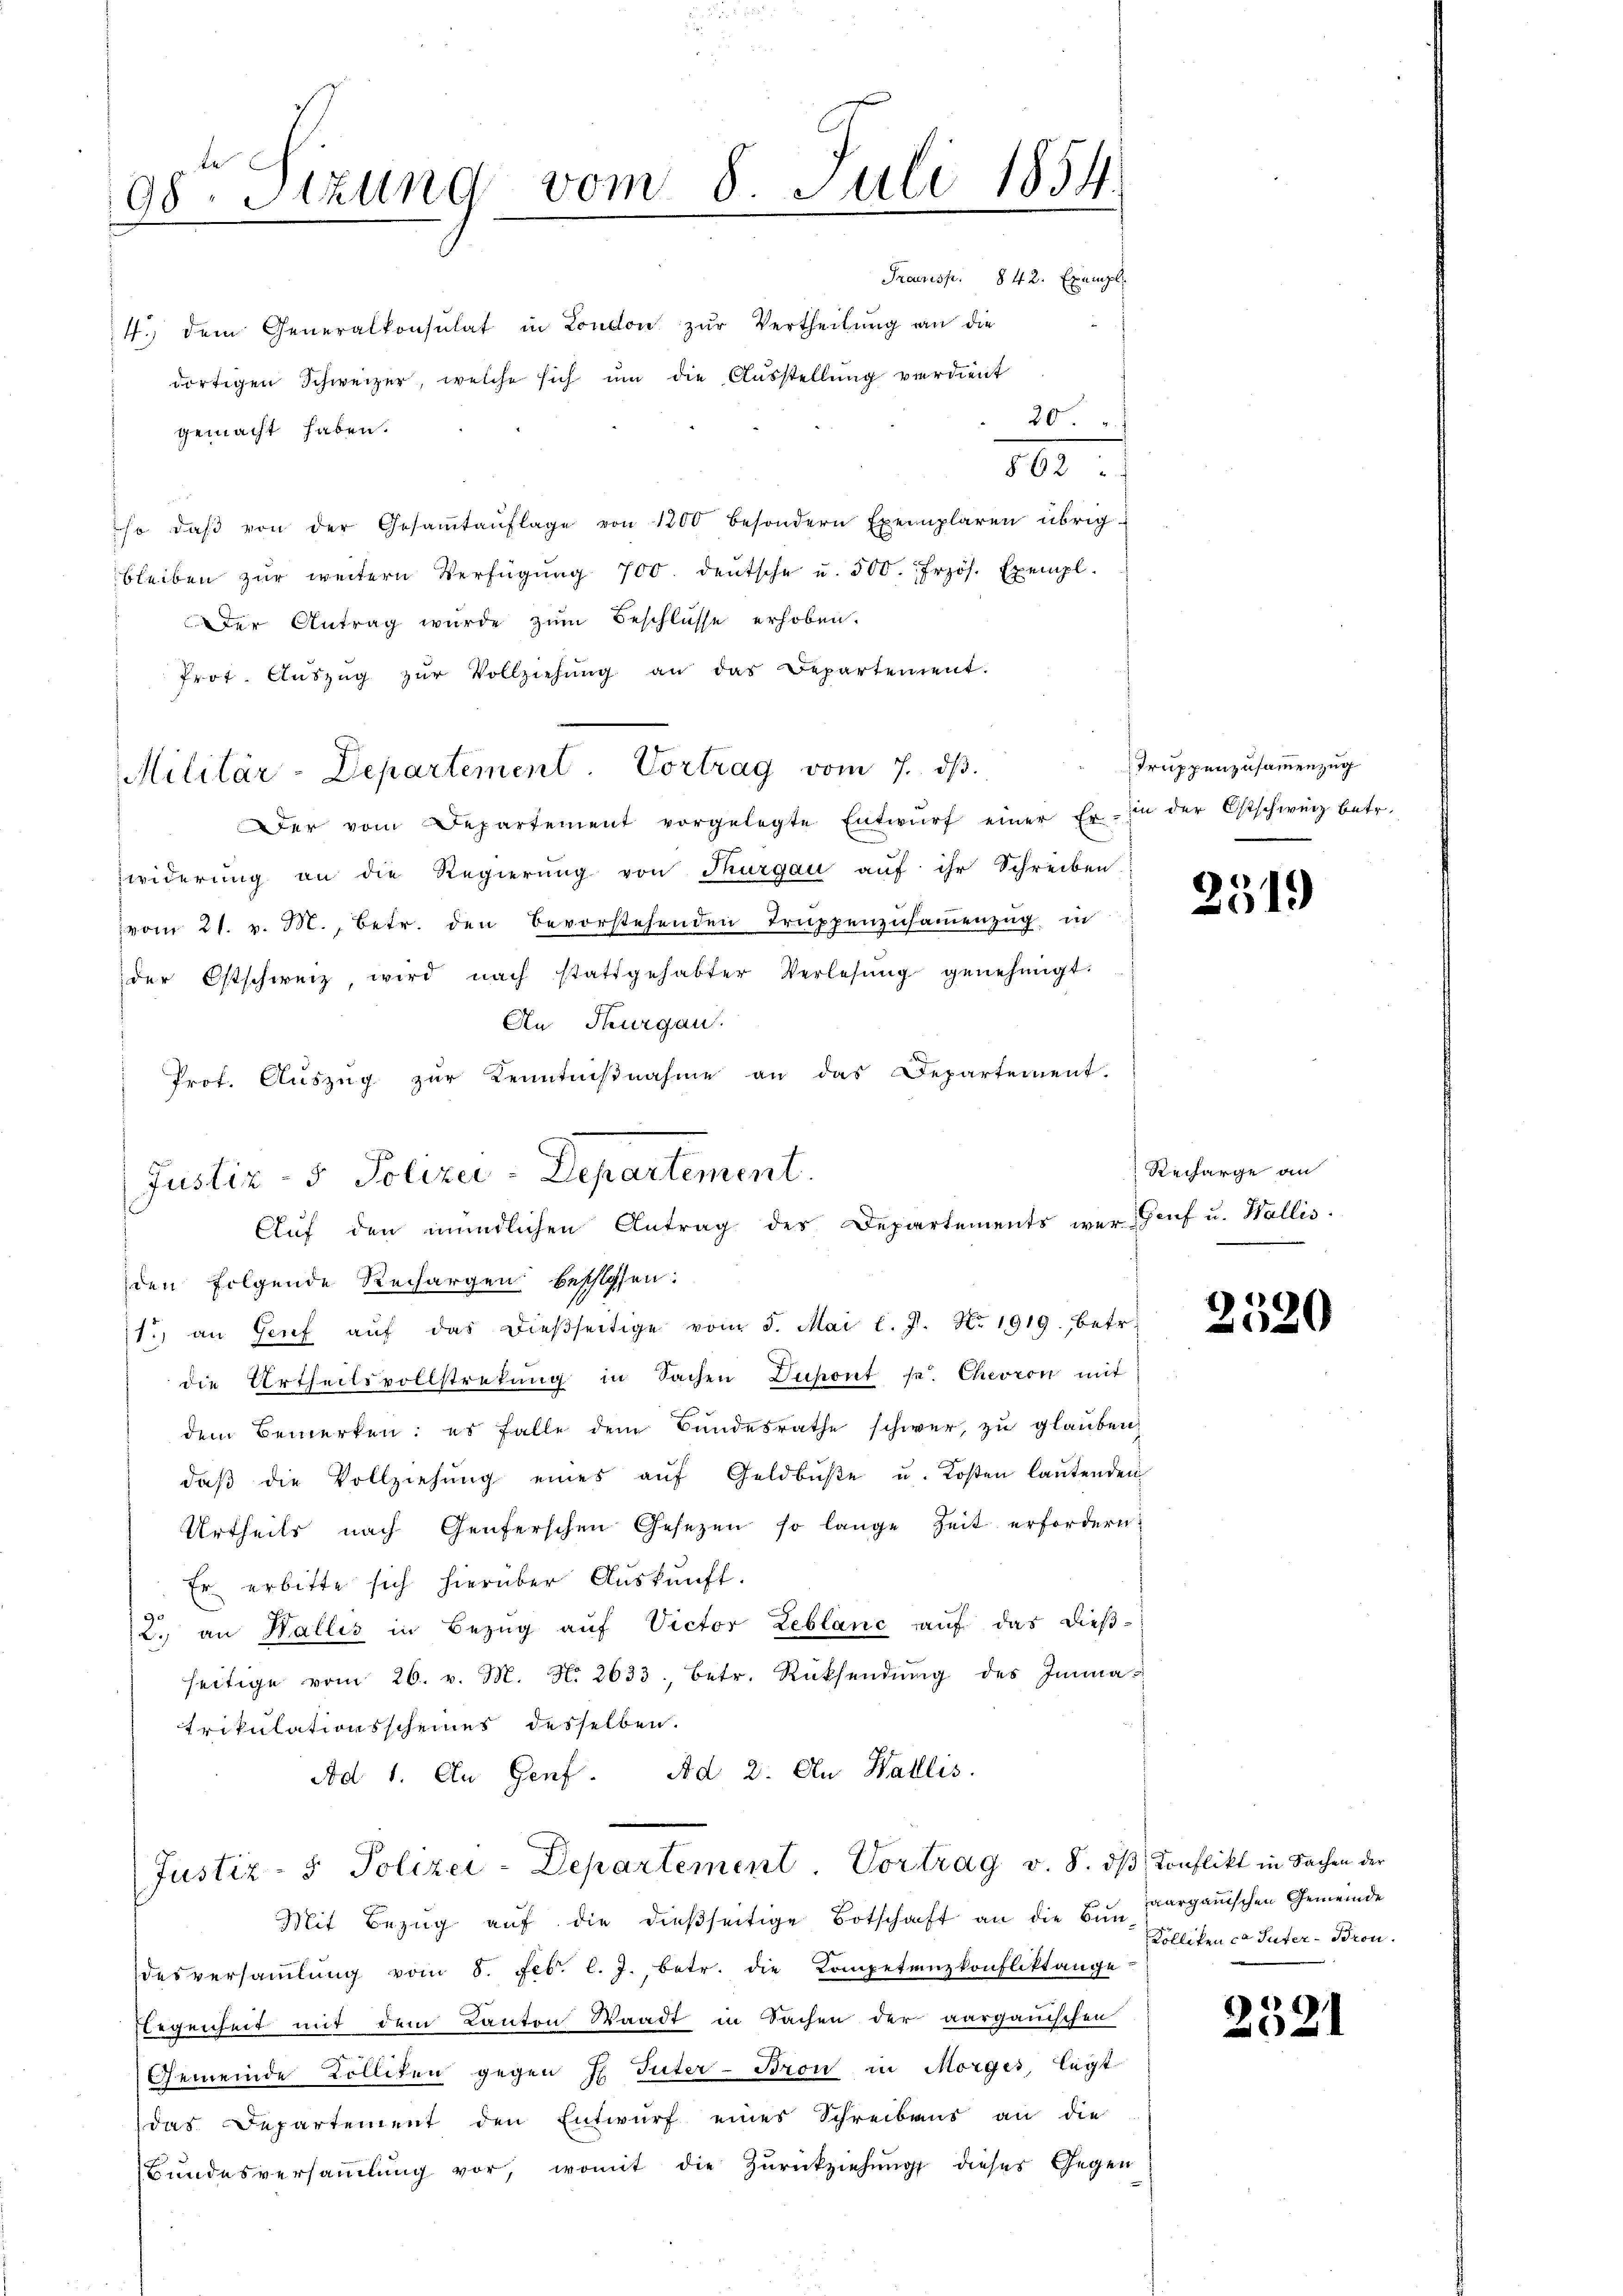
98. Sizung vom 8. Juli 1854.
e
.

Militär-Departement. Vortrag vom 7. dβ.

Justiz- & Polizei-Departement.
Auf den mündlichen Antrag des Departements wer Genf u. Wallis.

Prausp. 842. Exempl
4. dem Generalkonsulat in London zŭr Vertheilŭng an die
dortigen Schweizer, welche sich um die Ausstellung verdient
20.
gemacht haben.
100.
so daβ von der Gesaṁtaŭflage von 1200 besondern Exemplaren übrig-
bleiben zŭr weitern Verfügŭng 700. deutsche u. 500. Frzös. Exempl.
Der Antrag wurde zum Beschlüsse erhoben.
Prot. Aŭszŭg zŭr Vollziehŭng an das Departement.
Der vom Departement vorgelegte Entwŭrf einer Er- in der Ostschweiz betr.
widerung an die Regierŭng von Thurgau aŭf ihr Schreiben
vom 21. v. M., betr. den bevorstehenden Truppenzusammenzug in
der Ostschweiz wird nach stattgehabter Verlesung genehmigt.
An Thurgau.
Prof. Auszug zur Kenntnißnahme an das Departement.
den folgende Rechargen beschlossen:
11.) an Genf aŭf das dieβseitige vom 5. Mai l. J. Nr. 1919., betr.
die Urtheilsvollstretung in Sachen Dupont s. Chevron mit
dem Bemerken: es falle dem Bundesrathe schwer, zu glauben
daβ die Vollziehŭng eines aŭf Geldbŭβe u. Kosten laŭtenden
Urtheils nach Genferschen Gesetzen so lange Zeit erfordern:
Er erbitte sich hierüber Auskunft.
2. an Wallis in Bezŭg aŭf Victor Leblanc aŭf das dieβ-
seitige vom 26. v. M. N. 2633. betr. Rücksendŭng des Immatrikulationsscheines desselben.
Ad 1. An Genf. Ad 2. An Wallis.
Justiz- & Polizei-Departement Vortrag v. 8. dβ Conflikt in Sachen der
Mit Bezug auf die dießseitige Botschaft an die Ein paargauischen Gemeinde
desversaṁlŭng vom 5. Febr. l. J., betr. die Kompetenzkonfliktange
legenheit mit dem Kanton Waadt in Sachen der aargauischen
Gemeinde Kolliten gegen H. Güter-Bron in Morges, legt
das Departement den Entwurf eines Schreibens an die
Bundesversammlung vor, womit die Zurückziehung dieses Gegen

Truppenzusammenzug

e
2519

Recharge an
e

2520

Kolleten ca Suter-Bron.

2521